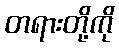
တရားတို့ကို